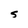
Character: S